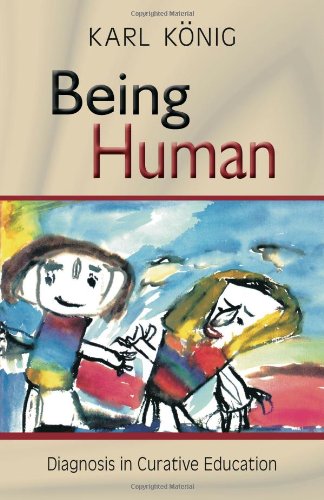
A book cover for Being Human; Karl Konig; Health, Fitness & Dieting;